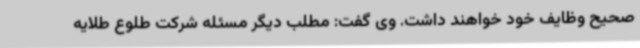
صحیح وظایف خود خواهند داشت. وی گفت: مطلب دیگر مسئله شرکت طلوع طلایه